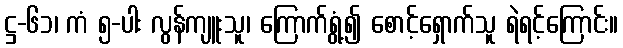
ဋ္ဌ-၆၁၊ ကံ ၅-ပါး လွန်ကျူးသူ၊ ကြောက်ရွံ့၍ စောင့်ရှောက်သူ ရဲရင့်ကြောင်း။